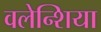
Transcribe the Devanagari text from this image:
वलेन्शिया